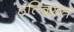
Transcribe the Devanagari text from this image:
उल्ब्रिख़्त